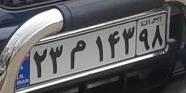
۲۳م۱۴۳۹۸